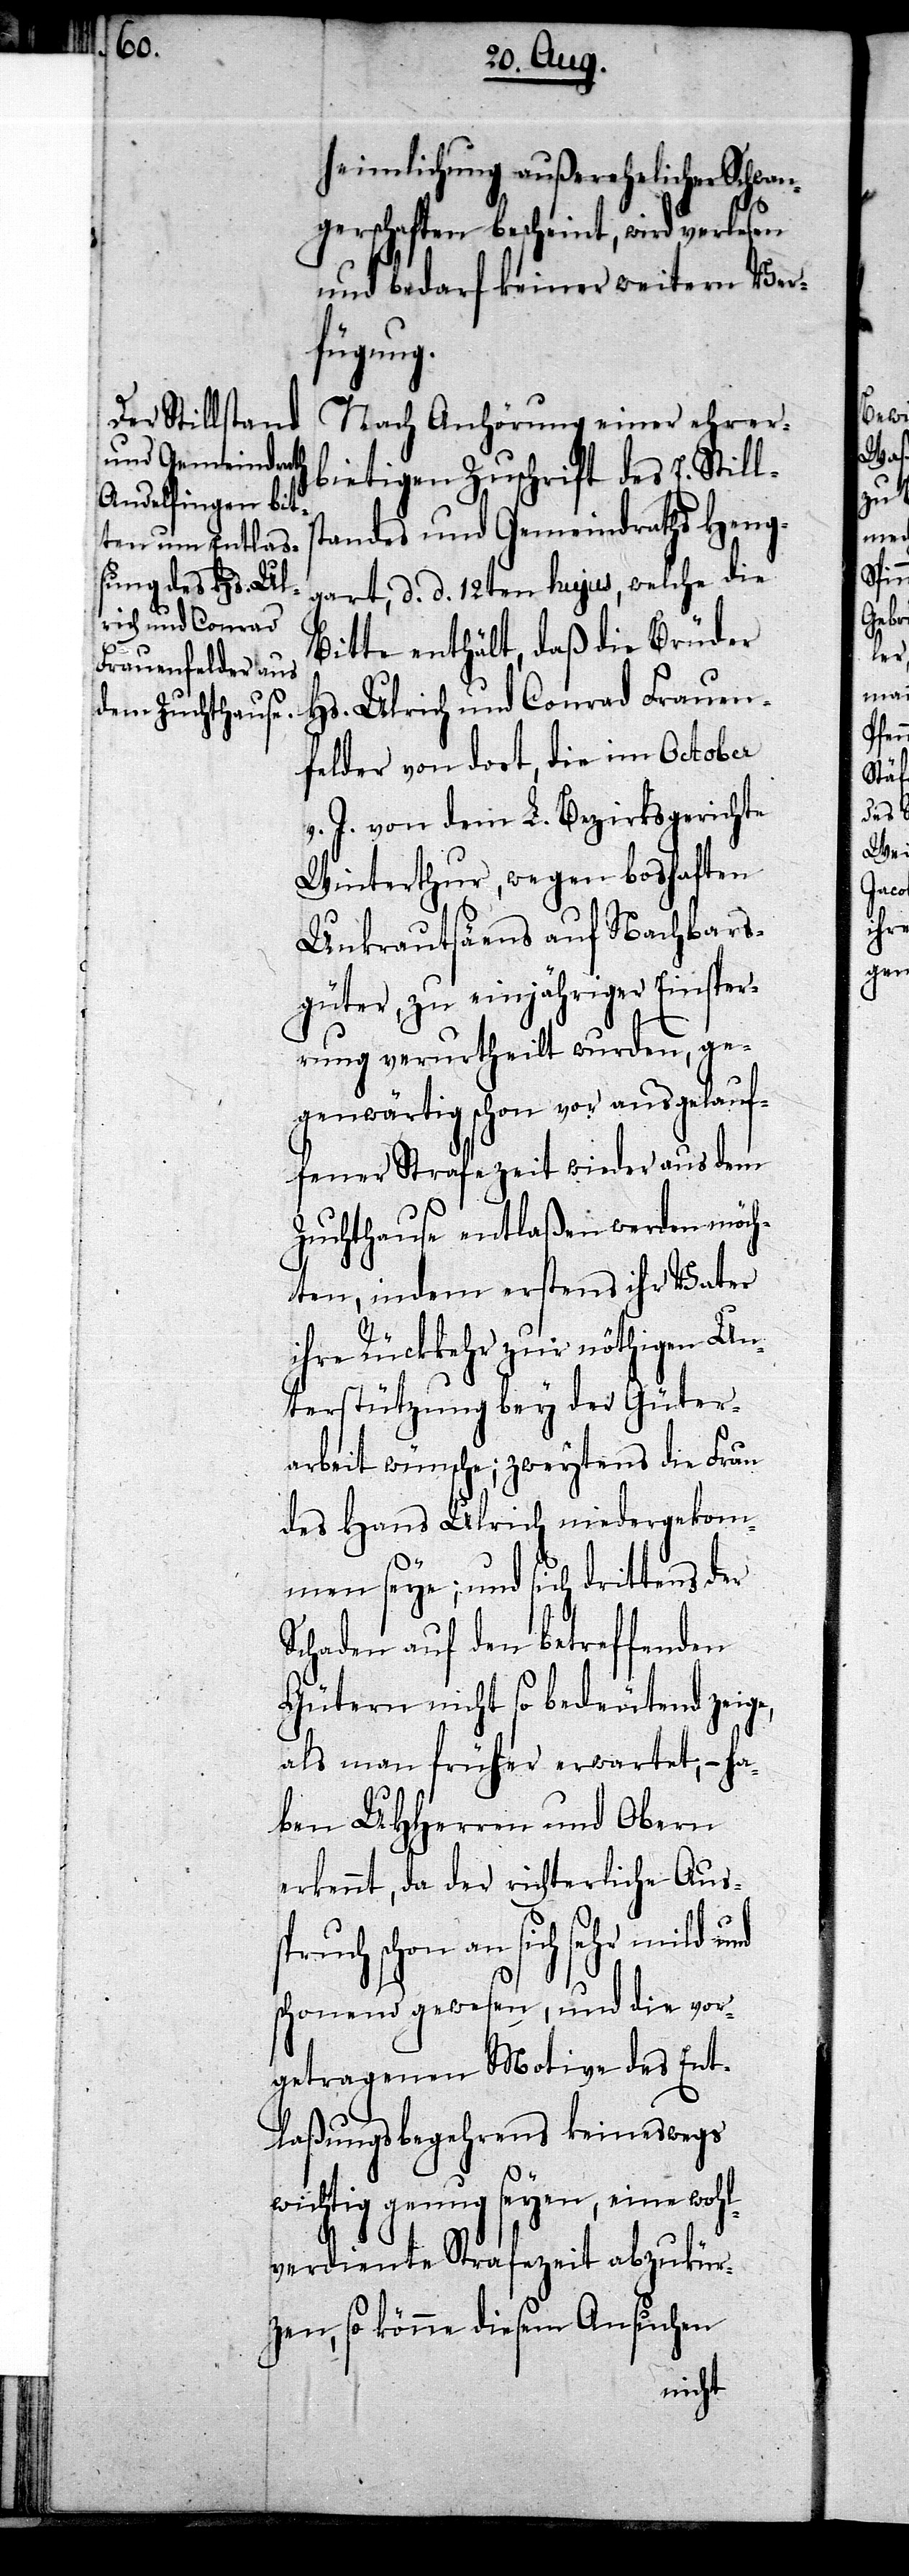
spruch

heimlichung außerehelicher Schwan¬
gerschaften bescheint, wird verlesen
und bedarf keiner weitern Ver¬
fügung.
Nach Anhörung einer ehrer¬
bietigen Zuschrift des E. Stills¬
tandes und Gemeindraths Heng¬
gart, d. d. 12ten hujus, welche die
Bitte enthält, daß die Brüder
Hs. Ulrich und Conrad Frauen¬
felder von dort, die im October
v. J. von dem L. Bezirksgerichte
Winterthur, wegen boshaften
Unkrautsäens auf Nachbars¬
güter, zu einjähriger Einsper¬
rung verurtheilt wurden, ge¬
genwärtig schon vor ausgelau¬
fener Strafezeit wieder aus dem
Zuchthause entlaßen werden möch¬
ten, indem erstens ihr Vater
ihre Rückkehr zur nöthigen Un¬
terstützung bey der Güter¬
arbeit wünsche; zweytens die Frau
des Hans Ulrich niedergekom¬
men seye; und sich drittens der
Schaden auf den betreffenden
Gütern nicht so bedeutend zeige,
als man früher erwartet; – ha¬
ben UHHerren und Obern
erkennt, da der richterliche Aus¬
schon an sich sehr mild und
schonend gewesen, und die vor¬
getragenen Motive des Ent¬
laßungsbegehrens keineswegs
wichtig genug seyen, eine wohl¬
verdiente Strafezeit abzukür¬
zen, so könne diesem Ansuchen